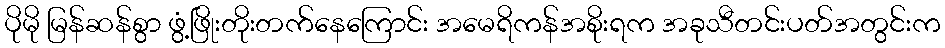
ပိုမို မြန်ဆန်စွာ ဖွံ့ဖြိုးတိုးတက်နေကြောင်း အမေရိကန်အစိုးရက အခုသီတင်းပတ်အတွင်းက